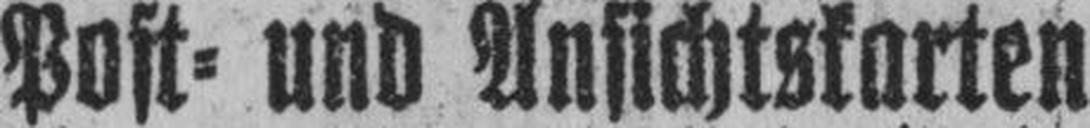
Post= und Ansichtskarten